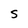
Character: S